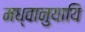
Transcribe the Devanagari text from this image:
मध्वानुयायि